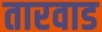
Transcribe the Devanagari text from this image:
तारवाड